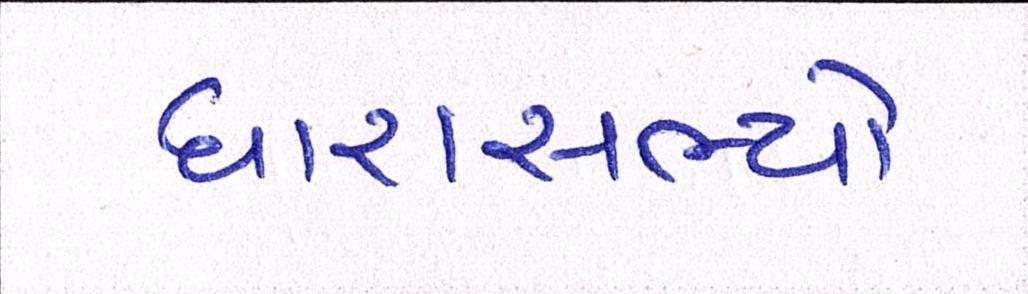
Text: ધારાસભ્યો